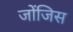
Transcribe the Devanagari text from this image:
जोंजिस